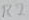
Text: R2